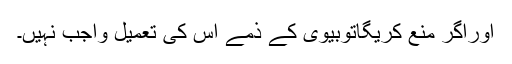
اوراگر مَنْع کریگاتوبیوی کے ذِمّے اس کی تعمیل واجِب نہیں۔